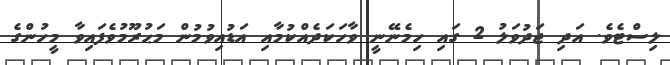
ލިސްޓެވެ. އަދި ޖަދުވަލު 2 ގައި ހިމެނޭނީ ވާހަކަދެއްކުމާއި އަޑުއިވުމުން މަޙުރޫމުވެފައިވާ މީހުންގެ